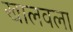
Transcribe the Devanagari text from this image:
खालवला